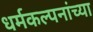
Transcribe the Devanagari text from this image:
धर्मकल्पनांच्या